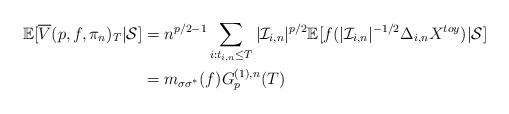
LaTeX: \begin{align*}\mathbb{E}[\overline{V}(p,f,\pi_n)_T|\mathcal{S}]&= n^{p/2-1}\sum_{i: t_{i,n} \leq T} |\mathcal{I}_{i,n}|^{p/2} \mathbb{E}[f(|\mathcal{I}_{i,n}|^{-1/2}\Delta_{i,n}X^{toy})|\mathcal{S}]\\&= m_{\sigma \sigma^*}(f)G_p^{(1),n}(T)\end{align*}